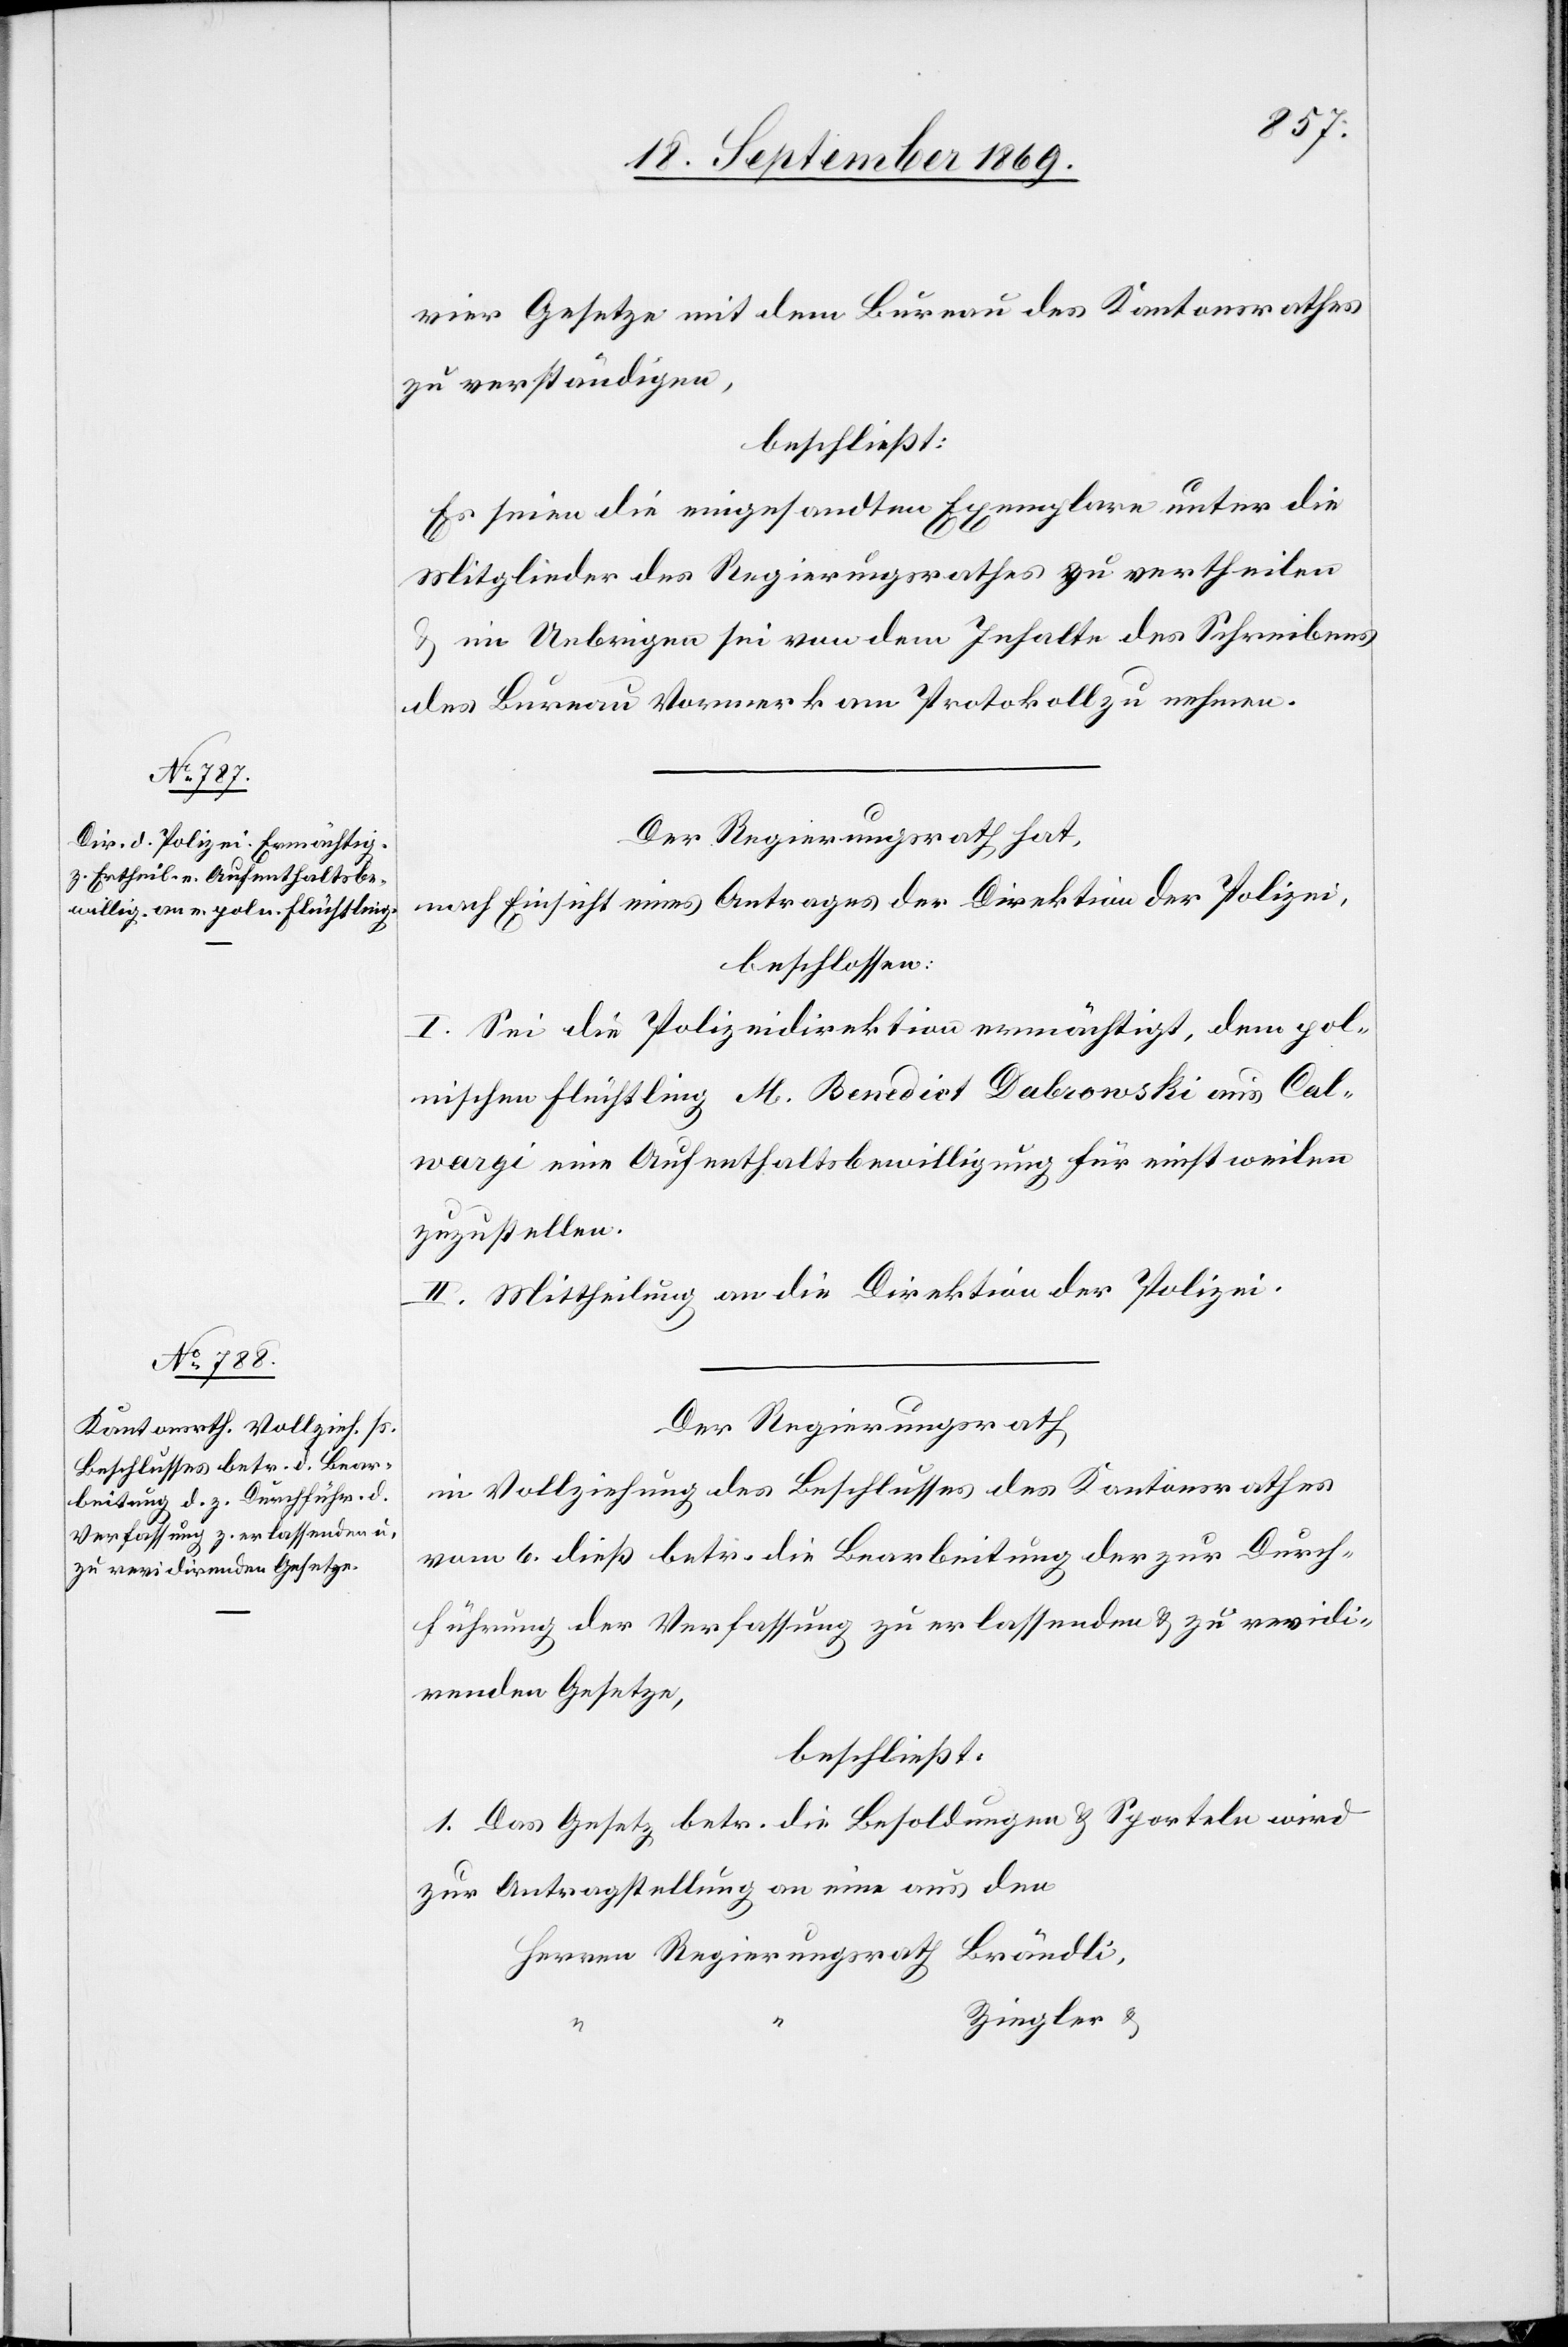
vier Gesetze mit dem Bureau des Kantonsrathes
zu verständigen,
beschließt:
Es seien die eingesandten Exemplare unter die
Mitglieder des Regierungsrathes zu vertheilen
& im Uebrigen sei von dem Inhalte des Schreibens
des Bureau Vormerk am Protokoll zu nehmen.
Der Regierungsrath hat,
nach Einsicht eines Antrages der Direktion der Polizei,
beschlossen:
I. Sei die Polizeidirektion ermächtigt, dem pol¬
nischen Flüchtling M. Benedict Dabrowski aus Cal¬
wargi eine Aufenthaltsbewilligung für einstweilen
zuzustellen.
II. Mittheilung an die Direktion der Polizei.
Der Regierungsrath
in Vollziehung des Beschlusses des Kantonsrathes
vom 6. dieß betr. die Bearbeitung der zur Durch¬
führung der Verfassung zu erlassenden & zu revidi¬
renden Gesetze,
beschließt:
1. Das Gesetz betr. die Besoldungen & Sporteln wird
zur Antragstellung an eine aus den
Herren Regierungsrath Brändli,
Ziegler &